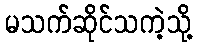
မသက်ဆိုင်သကဲ့သို့